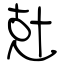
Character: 兙